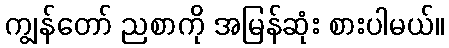
ကျွန်တော် ညစာကို အမြန်ဆုံး စားပါမယ်။